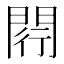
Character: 𨴠